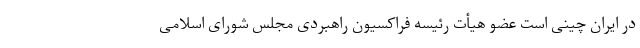
در ایران چینی است عضو هیأت رئیسه فراکسیون راهبردی مجلس شورای اسلامی